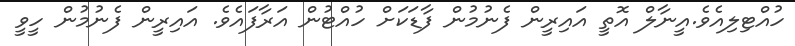
ހުއްޓިލިއެވެ.އީނާލް އޮތީ އައިރީން ފެނުމުން ފާޑަކަށް ހުއްޓުން އަރާފައެވެ. އައިރީން ފެނުމުން ހީވީ